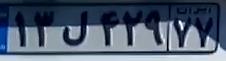
۱۳ل۴۲۹۷۷